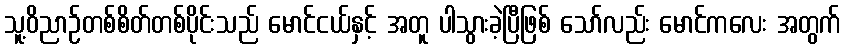
သူ့ဝိညာဉ်တစ်စိတ်တစ်ပိုင်းသည် မောင်ငယ်နှင့် အတူ ပါသွားခဲ့ပြီဖြစ် သော်လည်း မောင်ကလေး အတွက်